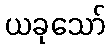
ယခုသော်